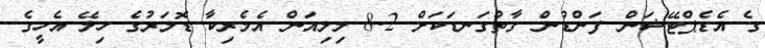
ގެ އެޑެޕްޓޭޝަން ފަންޑުން ގާތްގަނޑަކަށް 8.2 މިލިއަން އެމެރިކާ ޑޮލަރުގެ ހިލޭ އެހީގެ